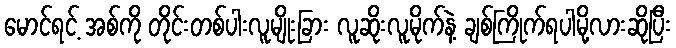
မောင်ရင့် အစ်ကို တိုင်းတစ်ပါးလူမျိုးခြား လူဆိုးလူမိုက်နဲ့ ချစ်ကြိုက်ရပါမို့လားဆိုပြီး